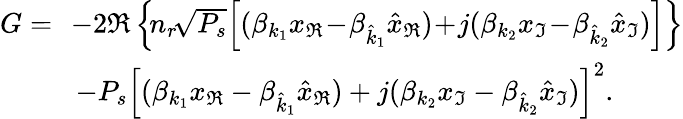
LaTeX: \begin{array}{rl}{G=\! }&{\! -2\Re\left\{ \! n_{r}\! \sqrt{P_{s}}\! \left[(\beta_{k_{1}}x_{\Re}\! -\! \beta_{\hat{k}_{1}}\hat{x}_{\Re})\! +\! j(\beta_{{k}_{2}}{x}_{\Im}\! -\! \beta_{\hat{k}_{2}}\hat{x}_{\Im})\right]\right\} }\\ &{-{P_{s}}\left[(\beta_{k_{1}}x_{\Re}-\beta_{\hat{k}_{1}}\hat{x}_{\Re})+j(\beta_{{k}_{2}}{x}_{\Im}-\beta_{\hat{k}_{2}}\hat{x}_{\Im})\right]^{2}.}\end{array}